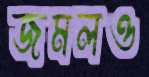
জমলও